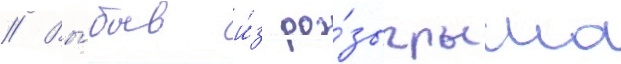
// Вы́быв и́з ро́зыгрыша